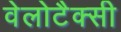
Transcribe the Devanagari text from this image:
वेलोटैक्सी